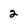
Character: 2